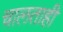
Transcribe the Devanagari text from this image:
चालताही